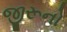
જીરૂનો